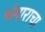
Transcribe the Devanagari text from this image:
भंगाराचा